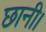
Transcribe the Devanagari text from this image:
छानी।